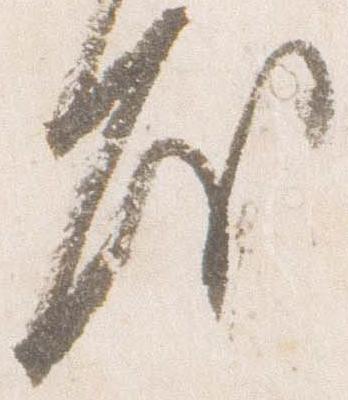
房